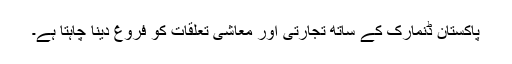
پاکستان ڈنمارک کے ساتھ تجارتی اور معاشی تعلقات کو فروغ دینا چاہتا ہے۔